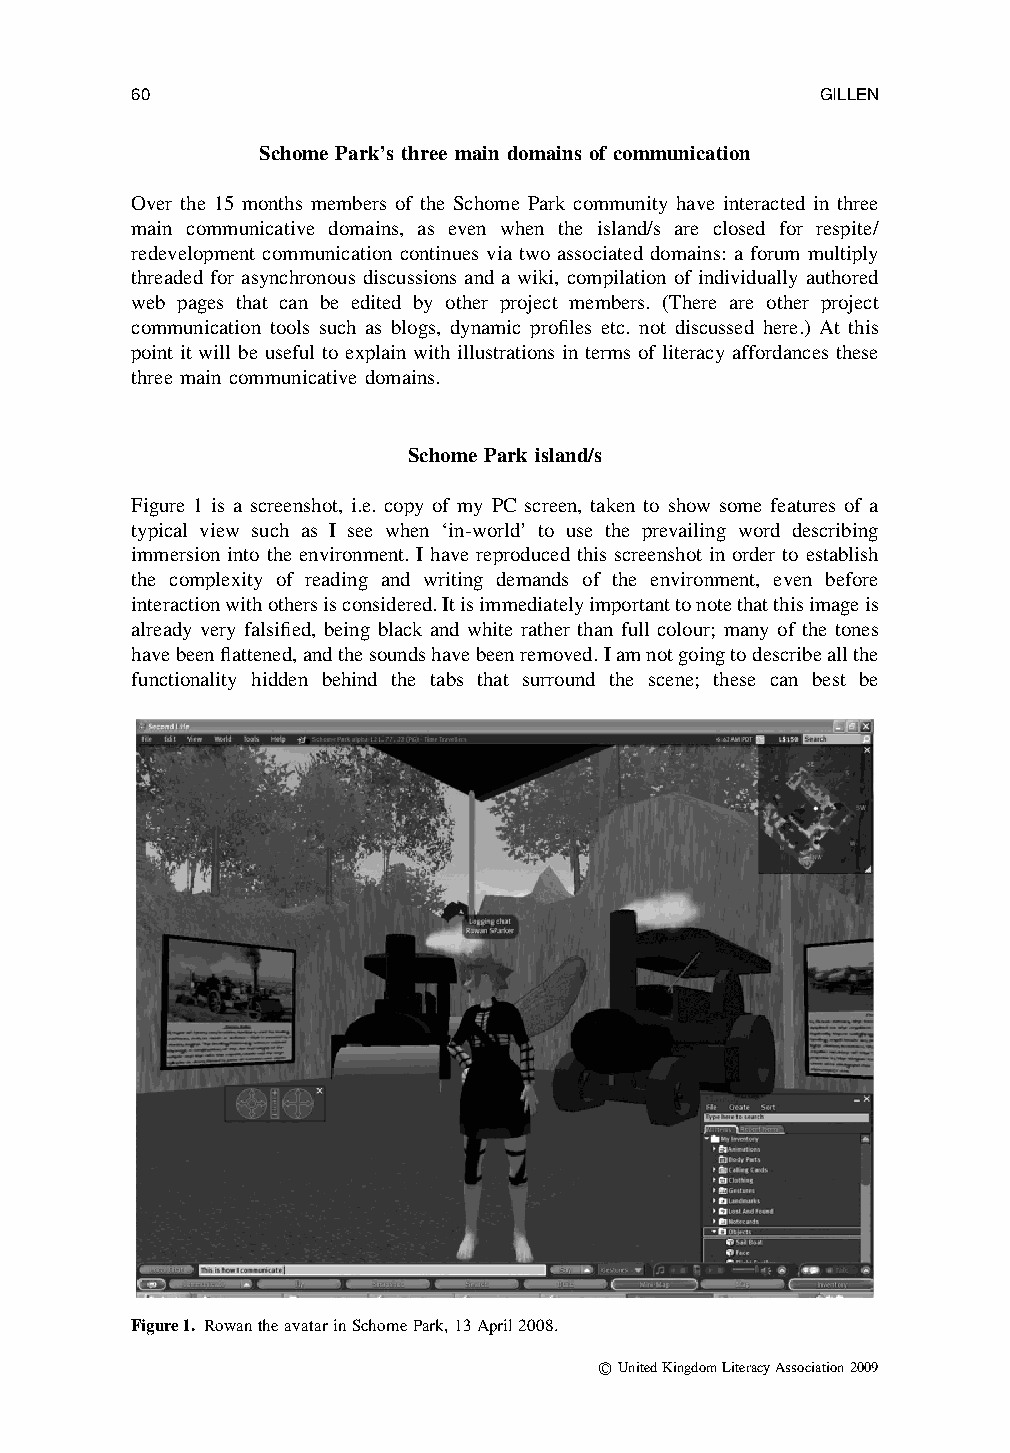
60                                           GILLEN
 Schome Park’s three main domains of communication
 Over the 15 months members of the Schome Park community have interacted in three
 main communicative domains, as even when the island/s are closed for respite/
 redevelopment communication continues via two associated domains: a forum multiply
 threaded for asynchronous discussions and a wiki, compilation of individually authored
 web pages that can be edited by other project members. (There are other project
 communication tools such as blogs, dynamic profiles etc. not discussed here.) At this
 point it will be useful to explain with illustrations in terms of literacy affordances these
 three main communicative domains.
 Schome Park island/s
 Figure 1 is a screenshot, i.e. copy of my PC screen, taken to show some features of a
 typical view such as I see when ‘in-world’ to use the prevailing word describing
 immersion into the environment. I have reproduced this screenshot in order to establish
 the complexity of reading and writing demands of the environment, even before
 interactionwithothersisconsidered.Itisimmediatelyimportanttonotethatthisimageis
 already very falsified, being black and white rather than full colour; many of the tones
 havebeenflattened,andthesoundshavebeenremoved.Iamnotgoingtodescribeallthe
 functionality hidden behind the tabs that surround the scene; these can best be
 Figure1. RowantheavatarinSchomePark,13April2008.
 rUnitedKingdomLiteracyAssociation2009